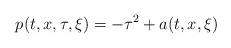
LaTeX: \begin{align*}p(t, x, \tau, \xi )=-\tau^2+a(t, x, \xi )\end{align*}